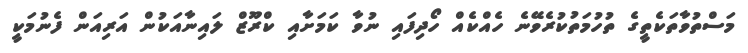
މަސްތުވާތަކެތީގެ ތުހުމަތުކުރެވޭނެ ހެއްކެއް ހޯދިފައި ނުވާ ކަމަށާއި ކްރޫޒް ލައިނާއަކުން އަރިއަން ފެނުމަކީ